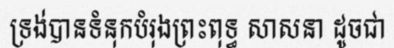
ទ្រង់បានទំនុកបំរុងព្រះពុទ្ធ សាសនា ដូចជា